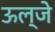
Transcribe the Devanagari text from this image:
ऊल्जे